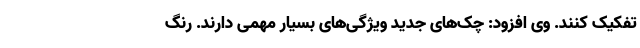
تفکیک کنند. وی افزود: چک‌های جدید ویژگی‌های بسیار مهمی دارند. رنگ